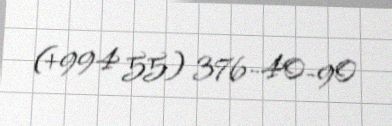
(+994 55) 376-40-90